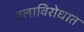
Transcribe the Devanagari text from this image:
दलाविरोधात